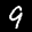
Digit: 9